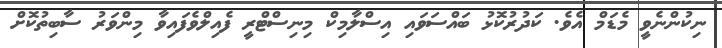
ނިކުންނެވީ މެޑަމް އެވެ. ކަދުރުކޮޅު ބައްސަވައި އިސްލާމިކް މިނިސްޓްރީ ފެއިލްވެފައިވާ މިންވަރު ސާބިތުކޮށް